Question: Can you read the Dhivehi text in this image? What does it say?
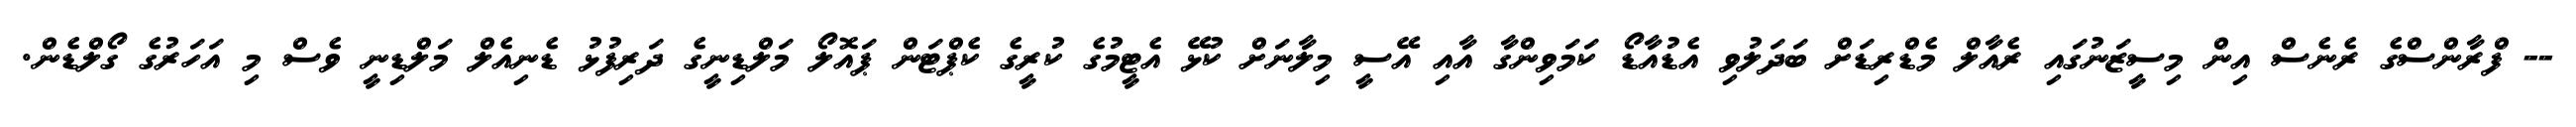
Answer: -- ފްރާންސްގެ ރެނެސް އިން މިސީޒަނުގައި ރެއާލް މެޑްރިޑަށް ބަދަލުވި އެޑުއާޑޯ ކަމަވިންގާ އާއި އޭސީ މިލާނަށް ކުޅޭ އެޓީމުގެ ކުރީގެ ކެޕްޓަން ޕައޮލޯ މަލްޑިނީގެ ދަރިފުޅު ޑެނިއެލް މަލްޑިނީ ވެސް މި އަހަރުގެ ގޯލްޑެން.